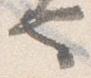
也